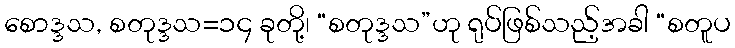
စောဒ္ဒသ, စတုဒ္ဒသ=၁၄ ခုတို့၊ “စတုဒ္ဒသ”ဟု ရုပ်ဖြစ်သည့်အခါ “စတူပ